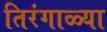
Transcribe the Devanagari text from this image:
तिरंगाळ्या